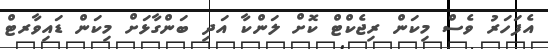
އެފަހަރު ވެސް މިކަން ރިޖެކްޓް ކޮށް ލަންކާ އަދި ބަންގާޅަށް މިކަން ޑައިވާރޓް